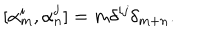
LaTeX: [ \alpha _ { m } ^ { i } , \alpha _ { n } ^ { j } ] = m \delta ^ { i j } \delta _ { m + n } .